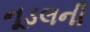
નૂડલની